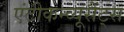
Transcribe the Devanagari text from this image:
एंटीकन्व्यूसैंट्स